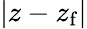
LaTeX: |z-z_{\mathrm{f}}|